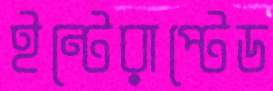
ইন্টেরাপ্টেড